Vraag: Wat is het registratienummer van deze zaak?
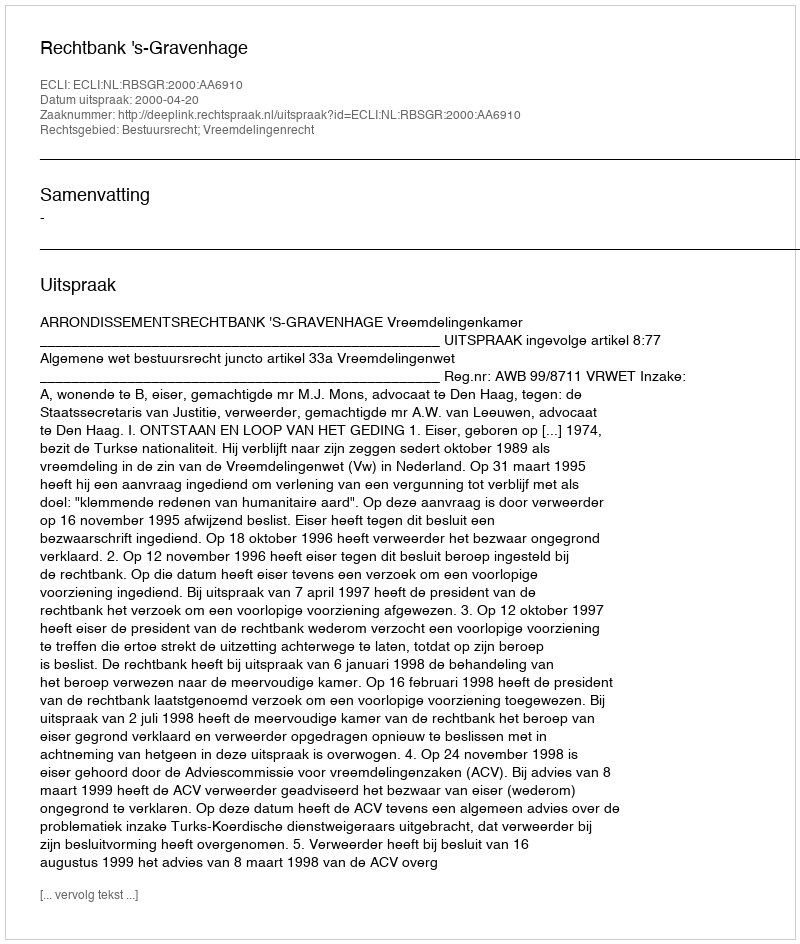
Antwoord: http://deeplink.rechtspraak.nl/uitspraak?id=ECLI:NL:RBSGR:2000:AA6910